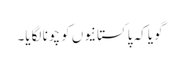
گویا کہ پاکستانیوں کو چونا لگایا۔